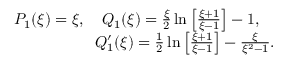
\begin{array} { r } { P _ { 1 } ( \xi ) = \xi , ~ ~ ~ Q _ { 1 } ( \xi ) = \frac { \xi } { 2 } \ln \left[ \frac { \xi + 1 } { \xi - 1 } \right] - 1 , ~ ~ ~ } \\ { Q _ { 1 } ^ { \prime } ( \xi ) = \frac { 1 } { 2 } \ln \left[ \frac { \xi + 1 } { \xi - 1 } \right] - \frac { \xi } { \xi ^ { 2 } - 1 } . } \end{array}